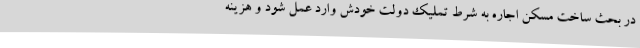
در بحث ساخت مسکن اجاره به شرط تملیک دولت خودش وارد عمل شود و هزینه